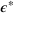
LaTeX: { \boldsymbol { \epsilon } } ^ { * }